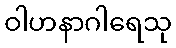
ဝါဟနာဂါရေသု